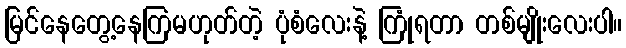
မြင်နေတွေ့နေကြမဟုတ်တဲ့ ပုံစံလေးနဲ့ ကြုံရတာ တစ်မျိုးလေးပါ။